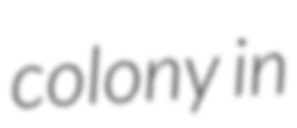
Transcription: colony in